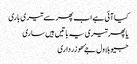
کیا آئی ہے اب پھر سے تیری باری
یا پھر تیری یہ باتیں ہیں ساری
جیو بلاول جۓ ھو زرداری